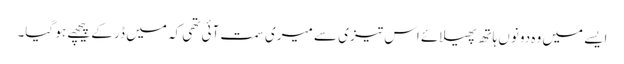
ایسے میں وہ دونوں ہاتھ پھیلائے اس تیزی سے میری سمت آئی تھی کہ میں ڈر کے پیچھے ہو گیا۔